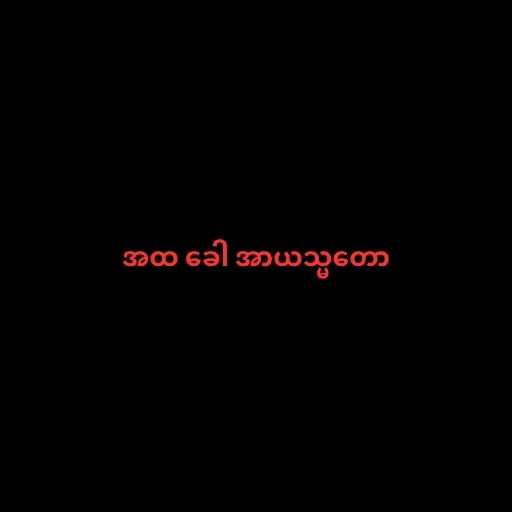
အထ ခေါ အာယသ္မတော